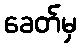
ခေတ်မှ